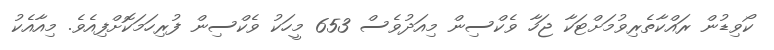
ކޯވިޑުން ރައްކާތެރިވުމަށްޓަކާ ޖަހާ ވެކްސިން މިއަދުވެސް 653 މީހަކު ވެކްސިން ފުރިހަމަކޮށްފިއެވެ. މިއާއެކު